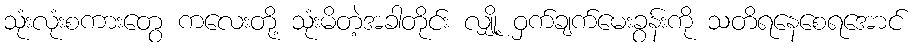
သုံးလုံးစကားတွေ ကလေးတို့ သုံးမိတဲ့အခါတိုင်း လျှို့ ဝှက်ချက်မေးခွန်းကို သတိရနေစေရအောင်